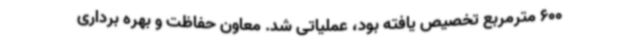
600 مترمربع تخصیص یافته بود، عملیاتی شد. معاون حفاظت و بهره برداری